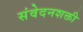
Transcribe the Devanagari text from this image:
संवेदनशक्ती